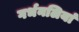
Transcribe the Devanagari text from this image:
गर्भनलियां